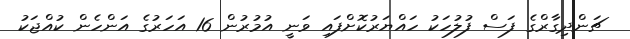
ޗަންދިގާރްގެ ފަސް ފުލުހަކު ހައްޔަރުކޮށްފައި ވަނީ އުމުރުން 16 އަހަރުގެ އަންހެން ކުއްޖަކު